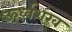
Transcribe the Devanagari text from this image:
ऊर्ध्वशंख